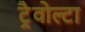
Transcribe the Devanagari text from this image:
ट्रैवोल्टा